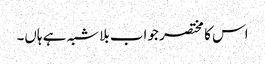
اس کا مختصر جواب بلاشبہ ہے ہاں۔